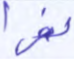
نفرا